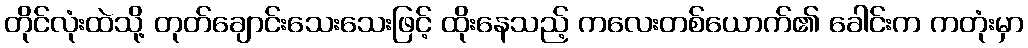
တိုင်လုံးထဲသို့ တုတ်ချောင်းသေးသေးဖြင့် ထိုးနေသည့် ကလေးတစ်ယောက်၏ ခေါင်းက ကတုံးမှာ